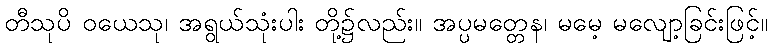
တီသုပိ ဝယေသု၊ အရွယ်သုံးပါး တို့၌လည်း။ အပ္ပမတ္တေန၊ မမေ့ မလျော့ခြင်းဖြင့်။